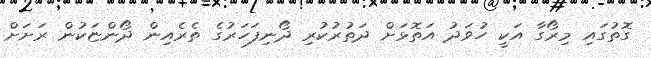
ގޮތުގައި މިރޯގާ އަކީ ހުވަދު އަތޮޅަށް ދަތުރުކުރި ދޯނިފަހަރުގެ ތެރެއިން ދޯންޏަކުން ރަށަށް